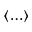
\langle \ldots \rangle